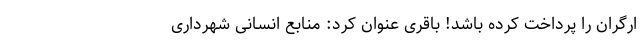
ارگران را پرداخت کرده باشد! باقری عنوان کرد: منابع انسانی شهرداری